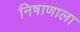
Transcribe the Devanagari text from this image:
निषाणाला